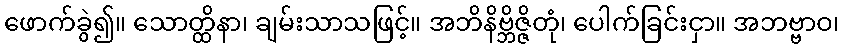
ဖောက်ခွဲ၍။ သောတ္ထိနာ၊ ချမ်းသာသဖြင့်။ အဘိနိဗ္ဘိဇ္ဇိတုံ၊ ပေါက်ခြင်းငှာ။ အဘဗ္ဗာဝ၊